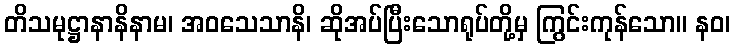
တိသမုဋ္ဌာနာနိနာမ၊ အဝသေသာနိ၊ ဆိုအပ်ပြီးသောရုပ်တို့မှ ကြွင်းကုန်သော။ နဝ၊